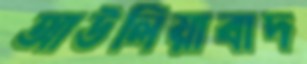
আউলিয়াবাদ